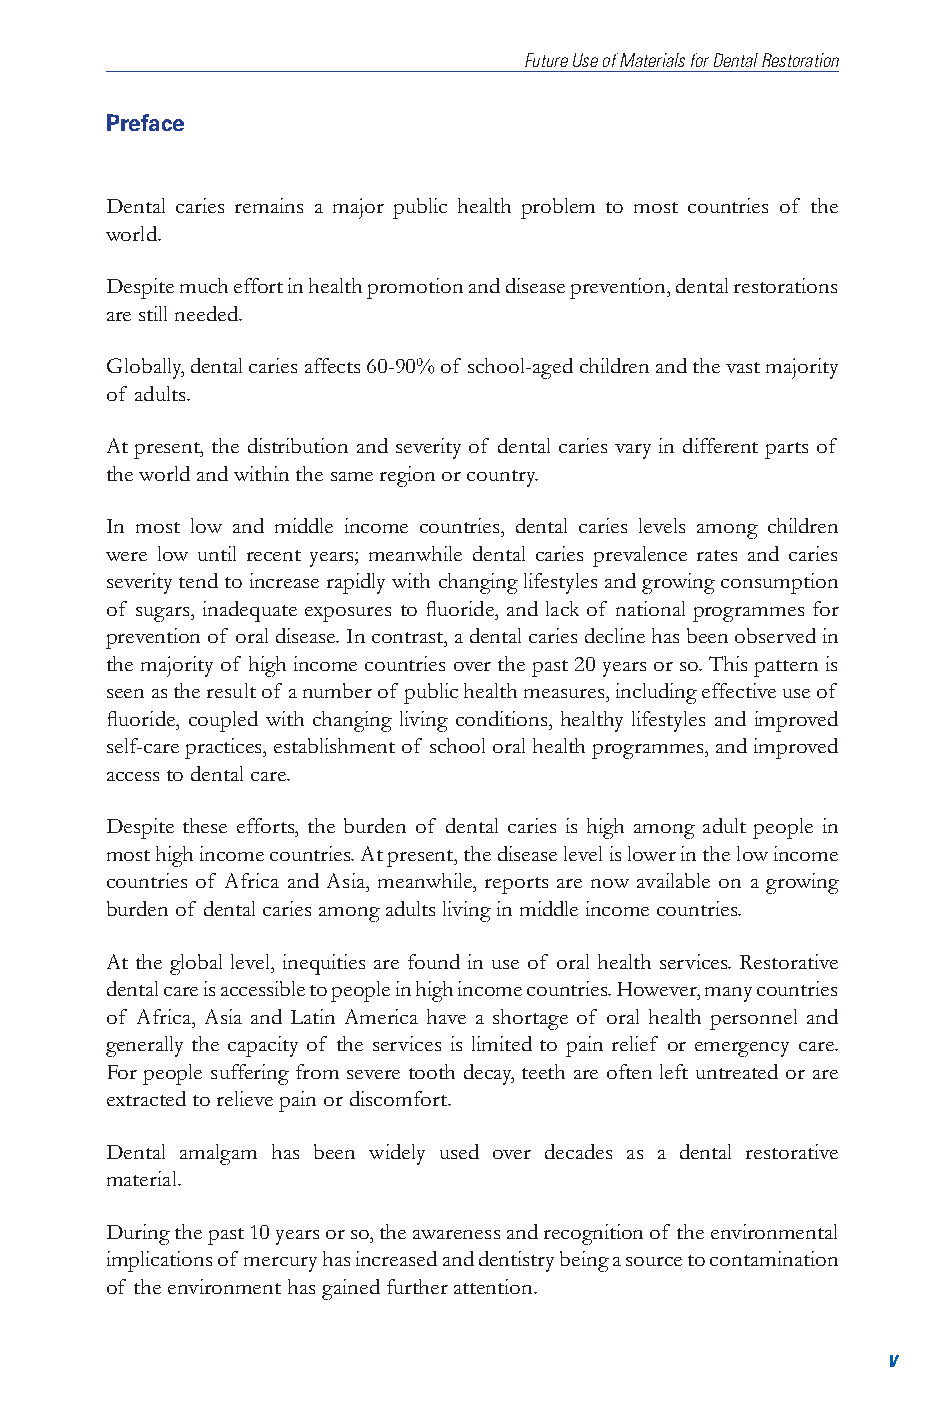
Future Use of Materials for Dental Restoration
 Preface
 Dental caries remains a major public health problem to most countries of the
 world.
 Despite much effort in health promotion and disease prevention, dental restorations
 are still needed.
 Globally, dental caries affects 60-90% of school-aged children and the vast majority
 of adults.
 At present, the distribution and severity of dental caries vary in different parts of
 the world and within the same region or country.
 In most low and middle income countries, dental caries levels among children
 were low until recent years; meanwhile dental caries prevalence rates and caries
 severity tend to increase rapidly with changing lifestyles and growing consumption
 of sugars, inadequate exposures to fluoride, and lack of national programmes for
 prevention of oral disease. In contrast, a dental caries decline has been observed in
 the majority of high income countries over the past 20 years or so. This pattern is
 seen as the result of a number of public health measures, including effective use of
 fluoride, coupled with changing living conditions, healthy lifestyles and improved
 self-care practices, establishment of school oral health programmes, and improved
 access to dental care.
 Despite these efforts, the burden of dental caries is high among adult people in
 most high income countries. At present, the disease level is lower in the low income
 countries of Africa and Asia, meanwhile, reports are now available on a growing
 burden of dental caries among adults living in middle income countries.
 At the global level, inequities are found in use of oral health services. Restorative
 dental care is accessible to people in high income countries. However, many countries
 of Africa, Asia and Latin America have a shortage of oral health personnel and
 generally the capacity of the services is limited to pain relief or emergency care.
 For people suffering from severe tooth decay, teeth are often left untreated or are
 extracted to relieve pain or discomfort.
 Dental amalgam has been widely used over decades as a dental restorative
 material.
 During the past 10 years or so, the awareness and recognition of the environmental
 implications of mercury has increased and dentistry being a source to contamination
 of the environment has gained further attention.
 v